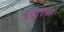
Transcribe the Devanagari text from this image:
बूरगुएसा